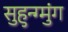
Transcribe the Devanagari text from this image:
सुहुन्ग्मुंग